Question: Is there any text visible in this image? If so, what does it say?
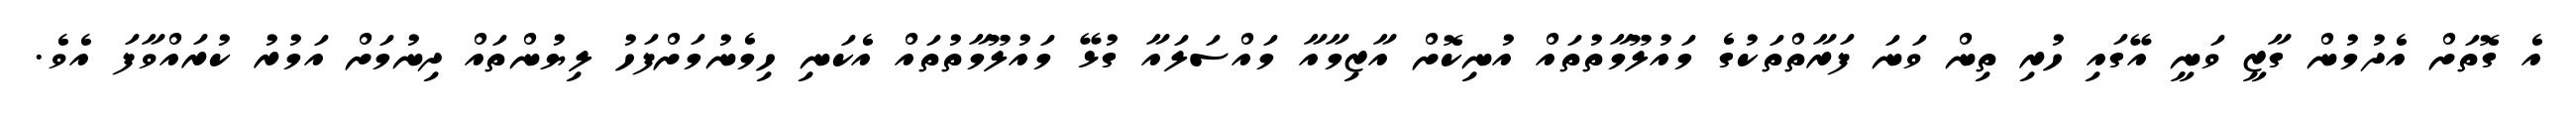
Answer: އެ ގޮތަށް އެދުމުން ގާޒީ ވަނީ އޭގައި ހުރި ތިން ވަނަ ފަރާތްތަކުގެ މައުލޫމާތުތައް އުނިކޮށް އާޒިމާއާ މައްސަލައާ ގުޅޭ މައުލޫމާތުތައް އެކަނި ހިމެނުމަށްފަހު ލިޔުންތައް ދިނުމަށް އަމުރު ކުރައްވާފަ އެވެ.